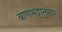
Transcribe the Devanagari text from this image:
बाणभट्टानुसार